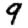
Digit: 9